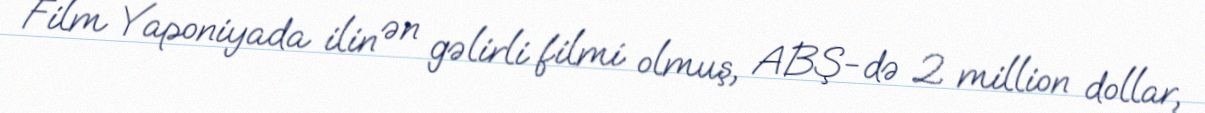
Film Yaponiyada ilin ən gəlirli filmi olmuş, ABŞ-də 2 million dollar,